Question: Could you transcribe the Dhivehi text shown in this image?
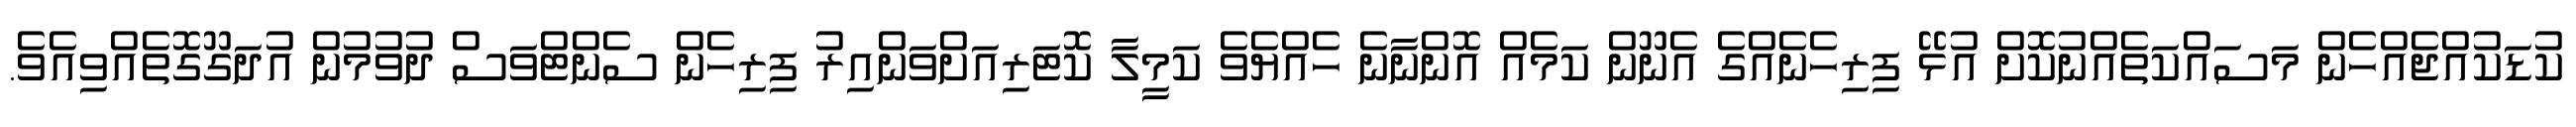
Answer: ކުޑަކުއްޖެއްހެން މަސައްކަތެއްނުކޮށް އުޅޭ ފިރިހެނެއްގެ އެނޫން ކަމެއް އޮންނާނެ ހެއްޔެވެ ކަމީލާ ކޮޓަރިއަށްވަންއިރު ފިރިހެން ސެންޓްވަސް ދުވުމުން އުދަގޫގޮތެއްވިއެވެ.